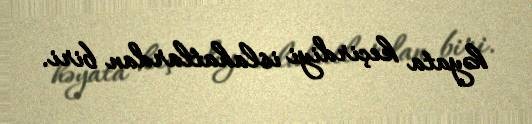
həyata keçirdiyi islahatlardan biri.